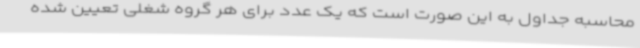
محاسبه جداول به این صورت است که یک عدد برای هر گروه شغلی تعیین شده